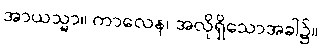
အာယသ္မာ။ ကာလေန၊ အလိုရှိသောအခါ၌။